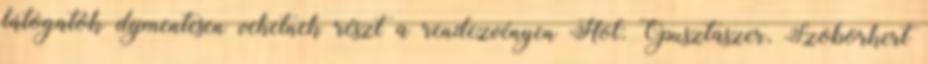
látogatók díjmentesen vehetnek részt a rendezvényen Hol: Ópusztaszer, Szoborkert